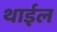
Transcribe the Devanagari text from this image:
थाईल